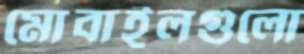
মোবাইলগুলো